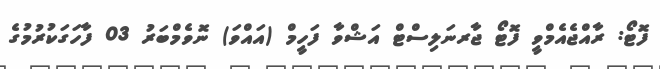
ފޮޓޯ: ރާއްޖެއެމްވީ ފޮޓޯ ޖާރނަލިސްޓް އަޝްވާ ފަހީމް (އައްވަ) ނޮވެމްބަރު 03 ފާހަގަކުރުމުގެ